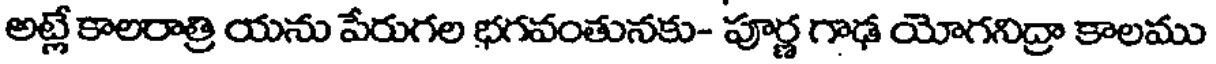
అట్లే కాలరాత్రి యను పేరుగల భగవంతునకు- పూర్ణ గాఢ యోగనిద్రా కాలము